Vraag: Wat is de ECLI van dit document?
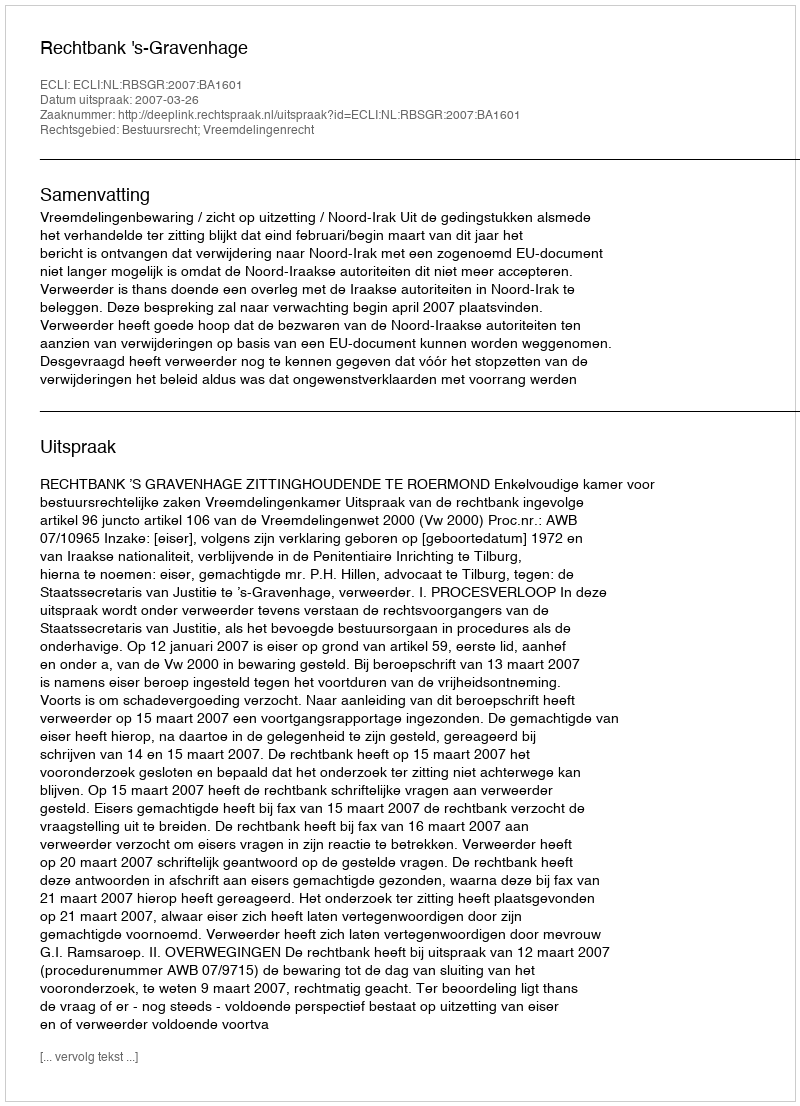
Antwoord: ECLI:NL:RBSGR:2007:BA1601